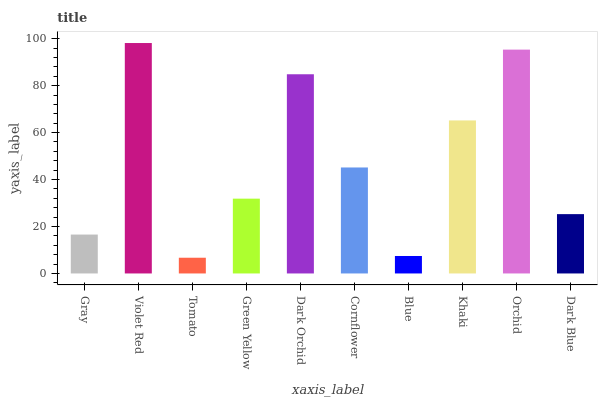
| xaxis_label | bars |
 | --- | --- |
 | Gray | 16.6 |
 | Violet Red | 98.1 |
 | Tomato | 6.7 |
 | Green Yellow | 31.9 |
 | Dark Orchid | 84.8 |
 | Cornflower | 45.1 |
 | Blue | 7.44 |
 | Khaki | 65.2 |
 | Orchid | 95.3 |
 | Dark Blue | 25.3 |